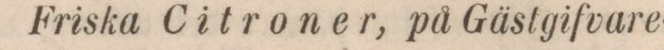
Friska Citroner, på Gästgifvare-